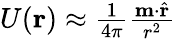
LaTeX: \begin{array}{r}{U(\mathbf{r})\approx\frac{1}{4\pi}\frac{\mathbf{m}\cdot\hat{\mathbf{r}}}{r^{2}}}\end{array}